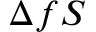
\Delta f S